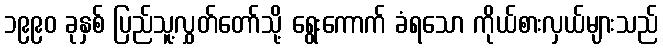
၁၉၉၀ ခုနှစ် ပြည်သူ့လွှတ်တော်သို့ ရွေးကောက် ခံရသော ကိုယ်စားလှယ်များသည်